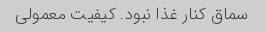
سماق کنار غذا نبود. کیفیت معمولی